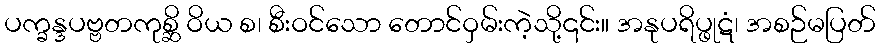
ပက္ခန္ဒပဗ္ဗတကုစ္ဆိ ဝိယ စ၊ စီးဝင်သော တောင်ဝှမ်းကဲ့သို့၎င်း။ အနုပရိပ္ဖုဋံ၊ အစဉ်မပြတ်